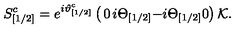
S _ { [ 1 / 2 ] } ^ { c } = e ^ { i \vartheta _ { [ 1 / 2 ] } ^ { c } } \left( \begin{matrix} { 0 } & { i \Theta _ { [ 1 / 2 ] } } \\ { - i \Theta _ { [ 1 / 2 ] } } & { 0 } \\ \end{matrix} \right) { \cal K } .